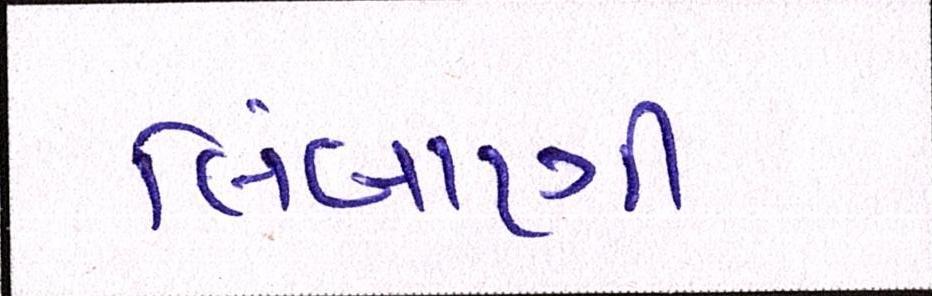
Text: લિંબાણી